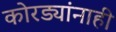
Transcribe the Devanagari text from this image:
कोरड्यांनाही